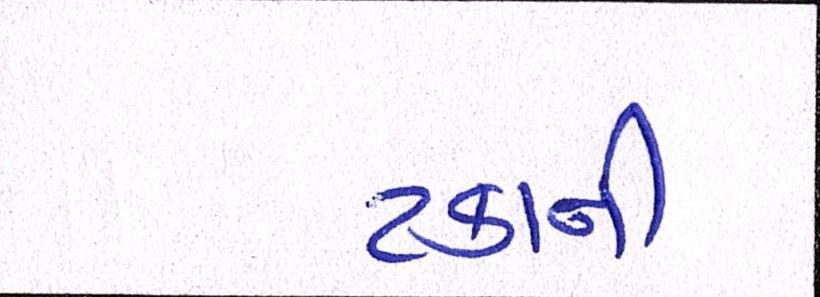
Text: ટકાની